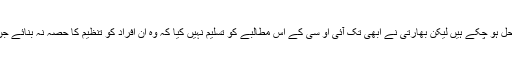
اس کے بعد سے اب تک کچھ معاملات تو حل ہو چکے ہیں لیکن بھارتی نے ابھی تک آئی او سی کے اس مطالبے کو تسلیم نہیں کیا کہ وہ ان افراد کو تنظیم کا حصہ نہ بنائے جن پر مجرمانہ اقدامات کے مقدمے بنے ہیں۔